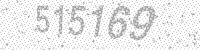
Solution: 515169